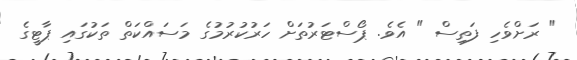
" ރަށްވެހި ފަތިސް " އެވެ. ޕޯސްޓަރުތަށް ހަރުކުރުމުގެ މަސައްކަތް ތަކުގައި ޕާޓީގެ